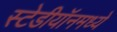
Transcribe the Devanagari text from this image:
स्टेडीयॉनमध्ये